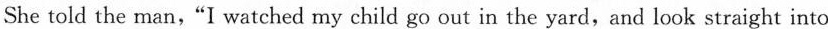
She told the man,"I watched my child go out in the yard, and look straight into